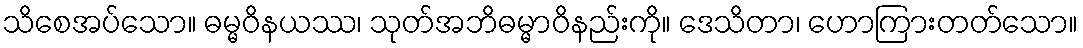
သိစေအပ်သော။ ဓမ္မဝိနယဿ၊ သုတ်အဘိဓမ္မာဝိနည်းကို။ ဒေသိတာ၊ ဟောကြားတတ်သော။